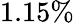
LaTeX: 1.15\%